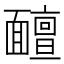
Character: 𩉊